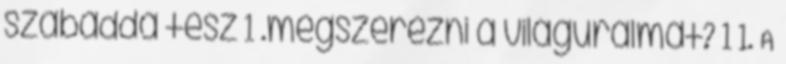
szabaddá tesz 1 .megszerezni a világuralmat? 1 1. A